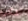
شكرا